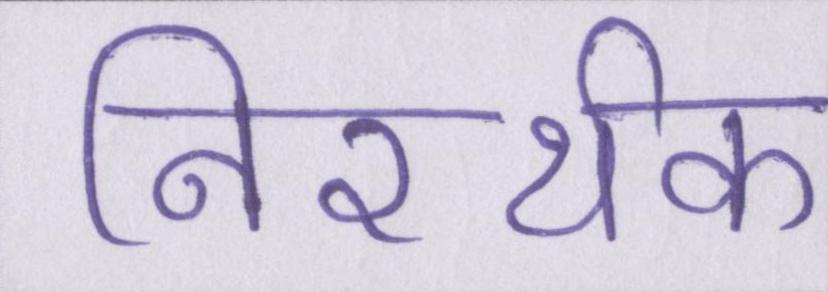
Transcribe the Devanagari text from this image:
निरर्थक